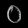
Digit: ၀